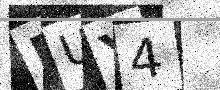
Text: RUY4